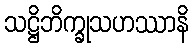
သဋ္ဌိဘိက္ခုသဟဿာနိ